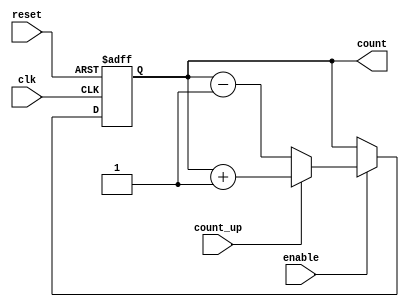
module cascaded_counter #(
    parameter N = 4 // Number of stages (bits) in the counter
)(
    input wire clk,        // Clock signal
    input wire reset,      // Asynchronous reset signal
    input wire enable,     // Enable signal
    input wire count_up,   // Count up mode if high, count down if low
    output reg [N-1:0] count // Counter output
);

// Internal signals for cascading flip-flops
reg [N-1:0] next_count;

always @(posedge clk or posedge reset) begin
    if (reset) begin
        count <= 0; // Asynchronously reset the counter to 0
    end else if (enable) begin
        count <= next_count; // Update the counter output
    end
end

// Determine the next count based on current count and counting mode
always @(*) begin
    if (enable) begin
        if (count_up) begin
            // Increment the count
            next_count = count + 1;
        end else begin
            // Decrement the count
            next_count = count - 1;
        end
    end else begin
        next_count = count; // Hold current state if not enabled
    end
end

endmodule